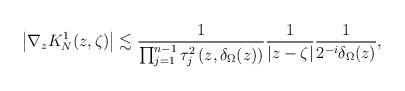
LaTeX: \begin{align*}\left|\nabla_{z}K_{N}^{1}(z,\zeta)\right|\lesssim\frac{1}{\prod_{j=1}^{n-1}\tau_{j}^{2}\left(z,\delta_{\Omega}(z)\right)}\frac{1}{\left|z-\zeta\right|}\frac{1}{2^{-i}\delta_{\Omega}(z)},\end{align*}